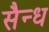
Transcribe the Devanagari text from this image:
सैन्ध